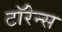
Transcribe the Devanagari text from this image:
टॉरेन्स